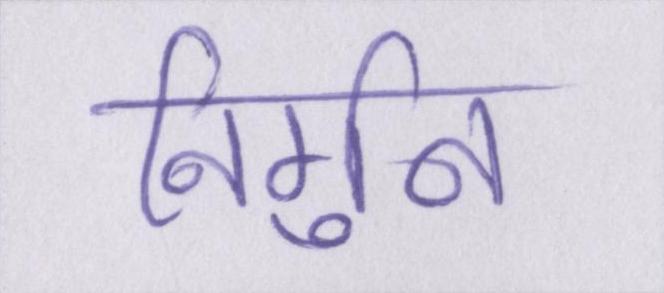
निर्गुन